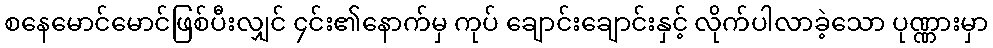
စနေမောင်မောင်ဖြစ်ပီးလျှင် ၄င်း၏နောက်မှ ကုပ် ချောင်းချောင်းနှင့် လိုက်ပါလာခဲ့သော ပုဏ္ဏားမှာ